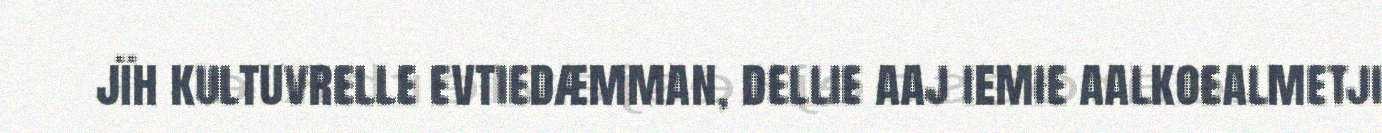
jïh kultuvrelle evtiedæmman, dellie aaj iemie aalkoealmetji